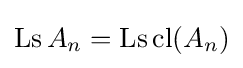
\mathop {\mathrm {Ls} } A_{n}=\mathop {\mathrm {Ls} } \mathop {\mathrm {cl} } (A_{n})